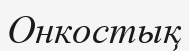
Онкостық